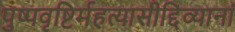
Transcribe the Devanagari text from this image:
पुष्पवृष्टिर्महत्यासीद्दिव्यानां